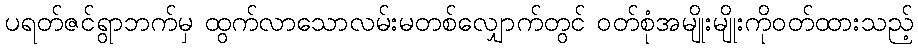
ပရတ်ဇင်ရွာဘက်မှ ထွက်လာသောလမ်းမတစ်လျှောက်တွင် ဝတ်စုံအမျိုးမျိုးကိုဝတ်ထားသည့်